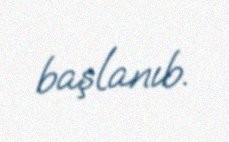
başlanıb.